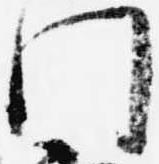
門